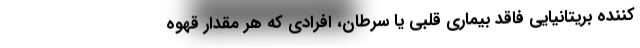
کننده بریتانیایی فاقد بیماری قلبی یا سرطان، افرادی که هر مقدار قهوه